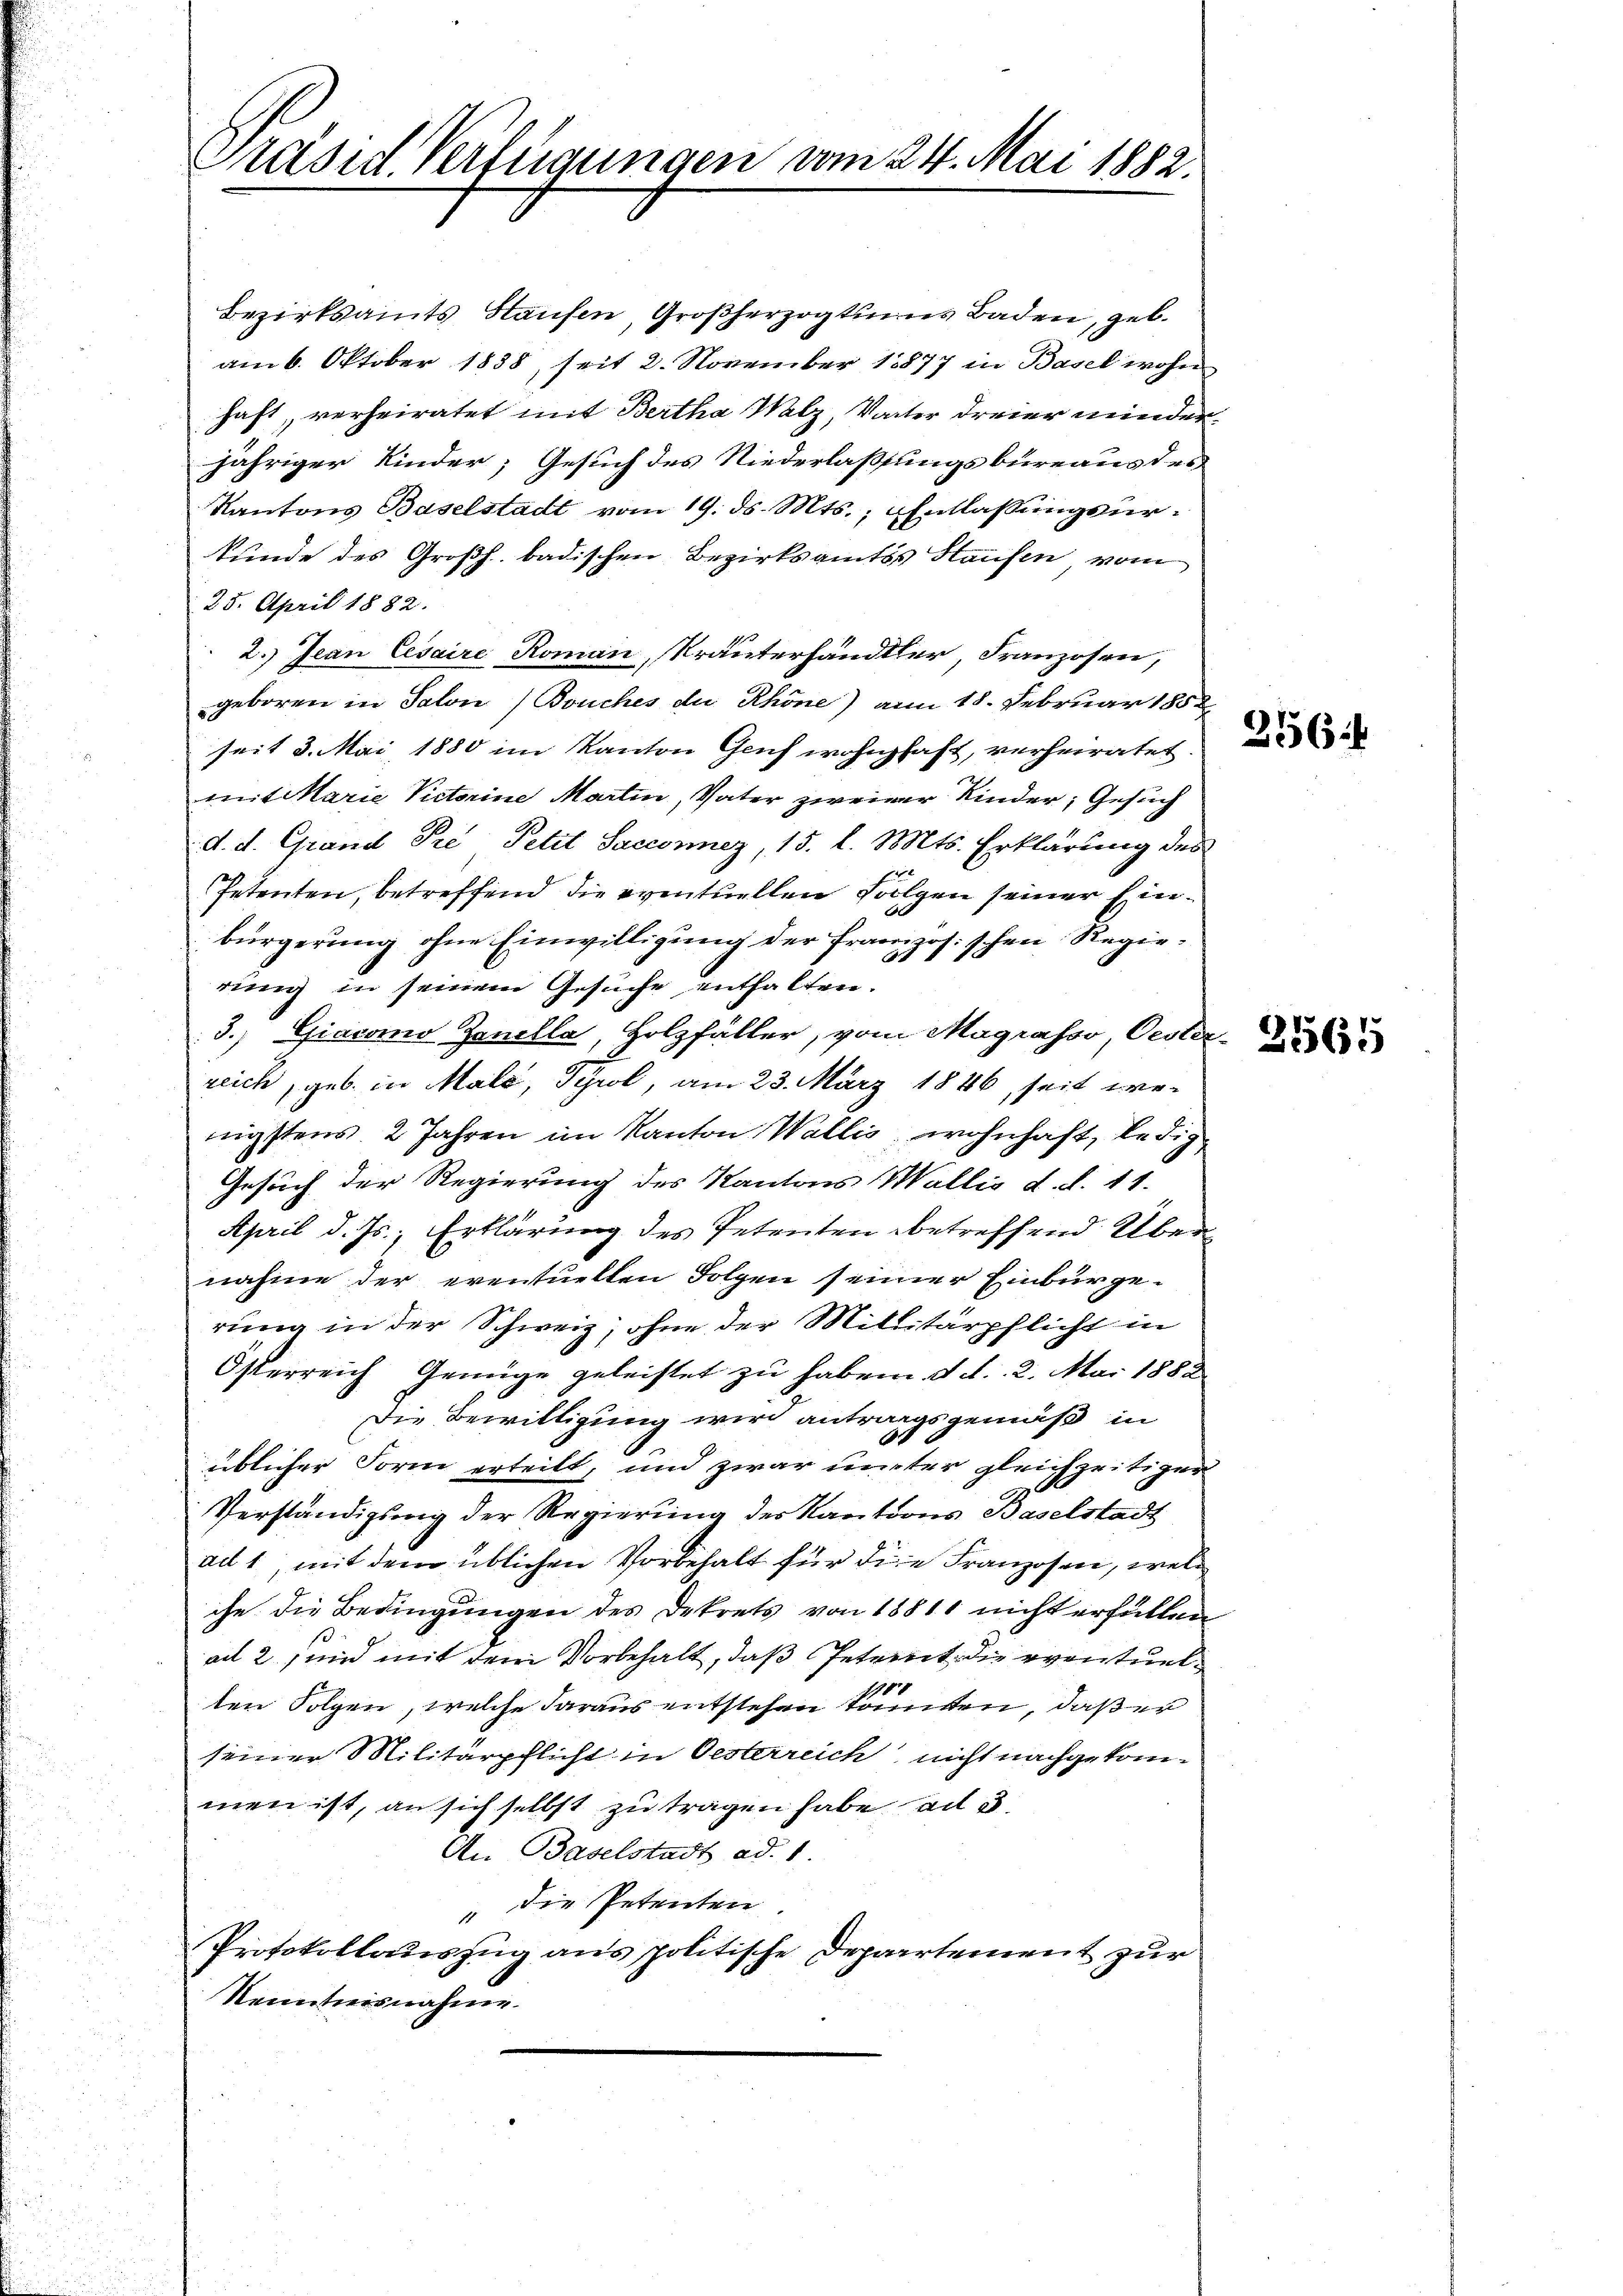
Präsid. Verfügungen vom 24. Mai 1882.

Bezirksamts Haufen, Großherzogtums Baden, geb.
am 6. Oktober 1838, seit 2. November 18877 in Basel wohn
haft, verheiratet mit Bertha Malz, Vater dreier minderjähriger Kinder; Gesuch des Niederlassungsbureaus des
Kantons Baselstadt vom 19. ds. Mts., Entlassungsurkunde des Großh. badischen Bezirksamtes Haufen vom
25. April 1882.
2.) Jean Cesaire Roman, Kräuterhandler, Franzosen,
geboren in Salon /Bouches de Rhöne) am 18. Februar 185
seit 3. Mai 1880 im Kanton Genf wohnhaft, verheiratet.
mit Marie Victorine Martin, Vater zweiner Kinder, Gesuch
d. d. Grand Pre Petit Saccomnez, 15. l. Mts. Erklärung des
Petenten, betreffend die eventuellen Folgen seiner Einbürgerung ohne Einwilligung der französischen Regierung in seinem Gesuche enthalten.
3.) Giacomo Zanella, Holzfäller, vom Magrasso, Oesterreich, geb. in Male, Tyrol, am 23. März 1886, seit prenigstens 2 Jahren im Kanton Wallis wohnhaft, ledig
Gesuch der Regierung des Kantons Wallis d. d. 11.
April d. Js., Erklärung des Petenten betreffend Übernahme der eventuellen Folgen seiner Einbürgerung in der Schweiz, ohne der Millitärpflicht in
Österreich Genüge geleistet zu haben d. d. 2. Mai 1882
Die Bewilligung wird antragsgemäß in
E
üblicher Form erteilt, und zwar unter gleichzeitiger
r
Verständigung der Regierung des Kantons Baselstadt
ad 1, mit dem üblichen Vorbehalt für die Franzosen, welc
che die Bedingungen des Dekrets von 18811 nicht erfüllen
ad 2, und mit dem Vorbehalt, daß Getrent die eventuel
ten Folgen, welche daraus entstehen könnten, daß er
seiner Militärpflicht in Oesterreich nicht nachgekommen ist, an sich selbst zu tragen habe ad 3
An Baselstadt ad 1.
" die Petenten
Protokollauszug aus politische Departement zur
Kenntnisnahme.

356.

2564